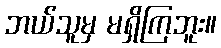
ဘယ်သူမှ မရှိကြဘူး။